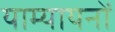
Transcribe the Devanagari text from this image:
याम्यायनों